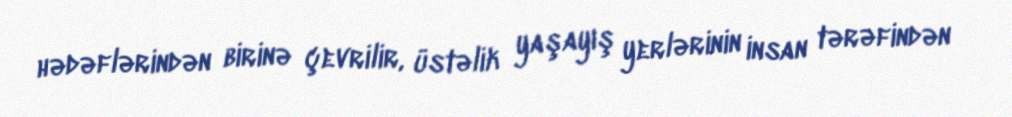
hədəflərindən birinə çevrilir, üstəlik yaşayış yerlərinin insan tərəfindən